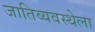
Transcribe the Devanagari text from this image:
जातिव्यवस्थेला